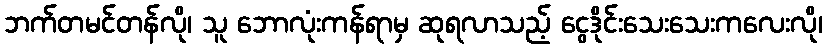
ဘက်တမင်တန်လို၊ သူ ဘောလုံးကန်ရာမှ ဆုရလာသည့် ငွေဒိုင်းသေးသေးကလေးလို၊